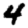
Digit: 4